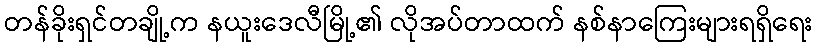
တန်ခိုးရှင်တချို့က နယူးဒေလီမြို့၏ လိုအပ်တာထက် နစ်နာကြေးများရရှိရေး